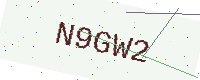
Text: N9GW2